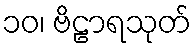
၁၀၊ ဗိဠာရသုတ်